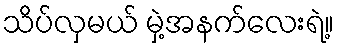
သိပ်လှမယ် မှဲ့အနက်လေးရဲ့။